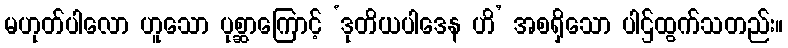
မဟုတ်ပါလော ဟူသော ပုစ္ဆာကြောင့် ‘ဒုတိယပါဒေန ဟိ’ အစရှိသော ပါဌ်ထွက်သတည်း။